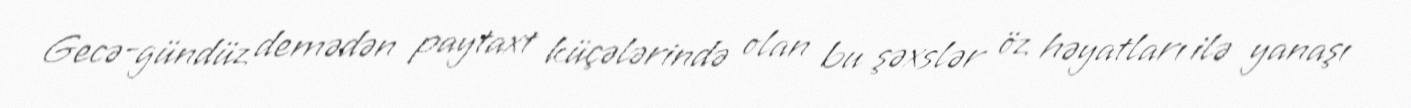
Gecə-gündüz demədən paytaxt küçələrində olan bu şəxslər öz həyatları ilə yanaşı